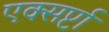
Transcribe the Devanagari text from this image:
एक्सर्प्टा